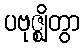
ပဗုဇ္ဈိတွာ